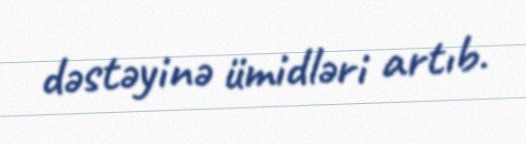
dəstəyinə ümidləri artıb.